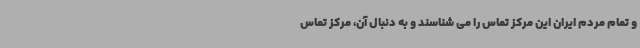
و تمام مردم ایران این مرکز تماس را می شناسند و به دنبال آن، مرکز تماس